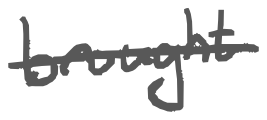
Text: brought
Cross-out: single-line
Writing tool: digital_gray